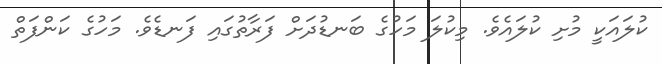
ކުލައަކީ މުށި ކުލައެވެ. މިކުލަ މަހުގެ ބަނޑުދަށް ފަރާތުގައި ފަނޑެވެ. މަހުގެ ކަންފަތް